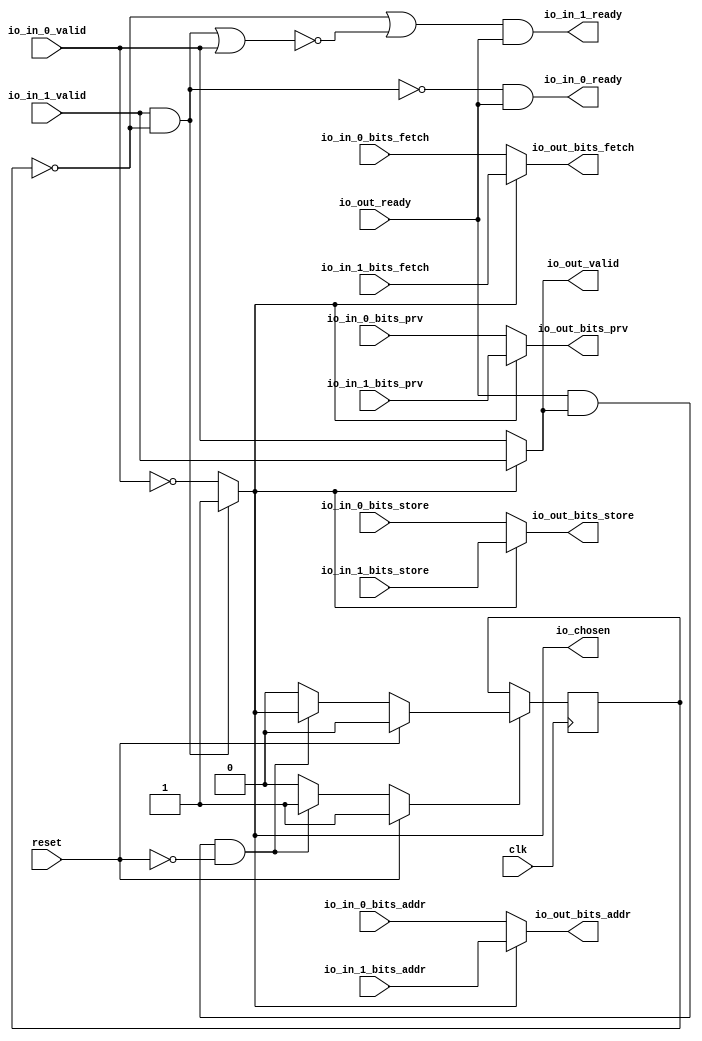
// This program was cloned from: https://github.com/NYU-MLDA/OpenABC
// License: BSD 3-Clause "New" or "Revised" License

module RRArbiter_3
(
  clk,
  reset,
  io_in_1_ready,
  io_in_1_valid,
  io_in_1_bits_addr,
  io_in_1_bits_prv,
  io_in_1_bits_store,
  io_in_1_bits_fetch,
  io_in_0_ready,
  io_in_0_valid,
  io_in_0_bits_addr,
  io_in_0_bits_prv,
  io_in_0_bits_store,
  io_in_0_bits_fetch,
  io_out_ready,
  io_out_valid,
  io_out_bits_addr,
  io_out_bits_prv,
  io_out_bits_store,
  io_out_bits_fetch,
  io_chosen
);

  input [26:0] io_in_1_bits_addr;
  input [1:0] io_in_1_bits_prv;
  input [26:0] io_in_0_bits_addr;
  input [1:0] io_in_0_bits_prv;
  output [26:0] io_out_bits_addr;
  output [1:0] io_out_bits_prv;
  input clk;
  input reset;
  input io_in_1_valid;
  input io_in_1_bits_store;
  input io_in_1_bits_fetch;
  input io_in_0_valid;
  input io_in_0_bits_store;
  input io_in_0_bits_fetch;
  input io_out_ready;
  output io_in_1_ready;
  output io_in_0_ready;
  output io_out_valid;
  output io_out_bits_store;
  output io_out_bits_fetch;
  output io_chosen;
  wire [26:0] io_out_bits_addr;
  wire [1:0] io_out_bits_prv;
  wire io_in_1_ready,io_in_0_ready,io_out_valid,io_out_bits_store,io_out_bits_fetch,
  io_chosen,N0,N1,N2,N3,N4,N5,N6,T1,N7,T2,T4,N8,T12,T19,T13,T14,T17,T15,T16,T18,T21,
  T25,T22,T23,T24,T27,T26,N9,N10,N11,N12,N13,N14,N15;
  reg last_grant;
  assign T18 = N0 & 1'b0;
  assign N0 = ~last_grant;
  assign T19 = N1 & 1'b0;
  assign N1 = ~last_grant;

  always @(posedge clk) begin
    if(N11) begin
      last_grant <= N12;
    end 
  end

  assign N15 = ~io_in_0_valid;
  assign io_chosen = (N2)? 1'b1 : 
                     (N3)? N15 : 1'b0;
  assign N2 = T1;
  assign N3 = N7;
  assign io_out_bits_fetch = (N4)? io_in_1_bits_fetch : 
                             (N5)? io_in_0_bits_fetch : 1'b0;
  assign N4 = io_chosen;
  assign N5 = N8;
  assign io_out_bits_store = (N4)? io_in_1_bits_store : 
                             (N5)? io_in_0_bits_store : 1'b0;
  assign io_out_bits_prv = (N4)? io_in_1_bits_prv : 
                           (N5)? io_in_0_bits_prv : 1'b0;
  assign io_out_bits_addr = (N4)? io_in_1_bits_addr : 
                            (N5)? io_in_0_bits_addr : 1'b0;
  assign io_out_valid = (N4)? io_in_1_valid : 
                        (N5)? io_in_0_valid : 1'b0;
  assign N11 = (N6)? 1'b1 : 
               (N14)? 1'b1 : 
               (N10)? 1'b0 : 1'b0;
  assign N6 = reset;
  assign N12 = (N6)? 1'b0 : 
               (N14)? io_chosen : 1'b0;
  assign N7 = ~T1;
  assign T1 = io_in_1_valid & T2;
  assign T2 = ~last_grant;
  assign T4 = io_out_ready & io_out_valid;
  assign N8 = ~io_chosen;
  assign io_in_0_ready = T12 & io_out_ready;
  assign T12 = T19 | T13;
  assign T13 = ~T14;
  assign T14 = T17 | T15;
  assign T15 = io_in_1_valid & T16;
  assign T16 = ~last_grant;
  assign T17 = io_in_0_valid & T18;
  assign io_in_1_ready = T21 & io_out_ready;
  assign T21 = T25 | T22;
  assign T22 = ~T23;
  assign T23 = T24 | io_in_0_valid;
  assign T24 = T17 | T15;
  assign T25 = T27 & T26;
  assign T26 = ~last_grant;
  assign T27 = ~T17;
  assign N9 = T4 | reset;
  assign N10 = ~N9;
  assign N13 = ~reset;
  assign N14 = T4 & N13;

endmodule